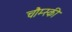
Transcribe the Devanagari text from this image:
चौम्स्की